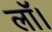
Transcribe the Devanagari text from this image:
लॉ।